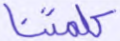
كلمتنا